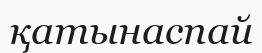
қатынаспай